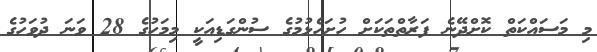
މި މަސައްކަތް ކޮށްދޭނެ ފަރާތްތަކަށް ހުށަހެޅުމުގެ ސުންގަޑިއަކީ މިމަހުގެ 28 ވަނަ ދުވަހުގެ